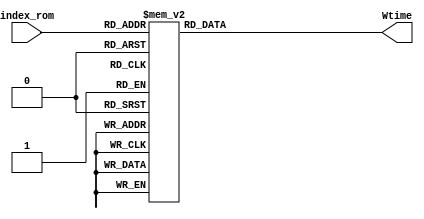
module rom(index_rom, Wtime);
  
  input [4:0]index_rom;
  output [4:0]Wtime;
  
  reg [4:0]Wtime;
   
  always @(index_rom)
  begin
    case(index_rom)
      // Pcount = 1
      5'b01001: Wtime = 5'b00011; // index = 9 , value = 3
      5'b10001: Wtime = 5'b00011; // index = 17 , value = 3
      5'b11001: Wtime = 5'b00011; // index = 25 , value = 3
      // Pcount = 2
      5'b01010: Wtime = 5'b00110; // index = 10 , value = 6
      5'b10010: Wtime = 5'b00100; // index = 18 , value = 4
      5'b11010: Wtime = 5'b00100; // index = 26 , value = 4
      // Pcount = 3
      5'b01011: Wtime = 5'b01001; // index = 11 , value = 9
      5'b10011: Wtime = 5'b00110; // index = 19 , value = 6
      5'b11011: Wtime = 5'b00101; // index = 27 , value = 5
      // Pcount = 4
      5'b01100: Wtime = 5'b01100; // index = 12 , value = 12
      5'b10100: Wtime = 5'b00111; // index = 20 , value = 7
      5'b11100: Wtime = 5'b00110; // index = 28 , value = 6
      // Pcount = 5
      5'b01101: Wtime = 5'b01111; // index = 13 , value = 15
      5'b10101: Wtime = 5'b01001; // index = 21 , value = 9
      5'b11101: Wtime = 5'b00111; // index = 29 , value = 7
      // Pcount = 6
      5'b01110: Wtime = 5'b10010; // index = 14 , value = 18
      5'b10110: Wtime = 5'b01010; // index = 22 , value = 10
      5'b11110: Wtime = 5'b01000; // index = 30 , value = 8
      // Pcount = 7
      5'b01111: Wtime = 5'b10101; // index = 15 , value = 21
      5'b10111: Wtime = 5'b01100; // index = 23 , value = 12
      5'b11111: Wtime = 5'b01001; // index = 31 , value = 9
      
      default: Wtime = 5'b000000; // index = don't care, value = 0
    endcase
  end
  
endmodule